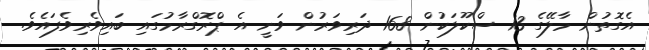
އެގޮތުން މާލޭގެ 13 ސްކޫލަކުން 168 ދަރިވަރުން ވަނީ އެ ޕްރޮގްރާމުގައި ބައިވެރިވެފައެވެ.